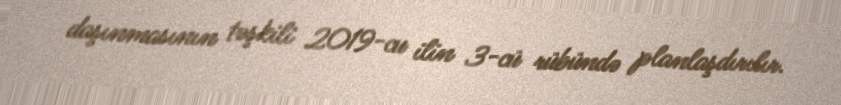
daşınmasının təşkili 2019-cu ilin 3-cü rübündə planlaşdırılır.